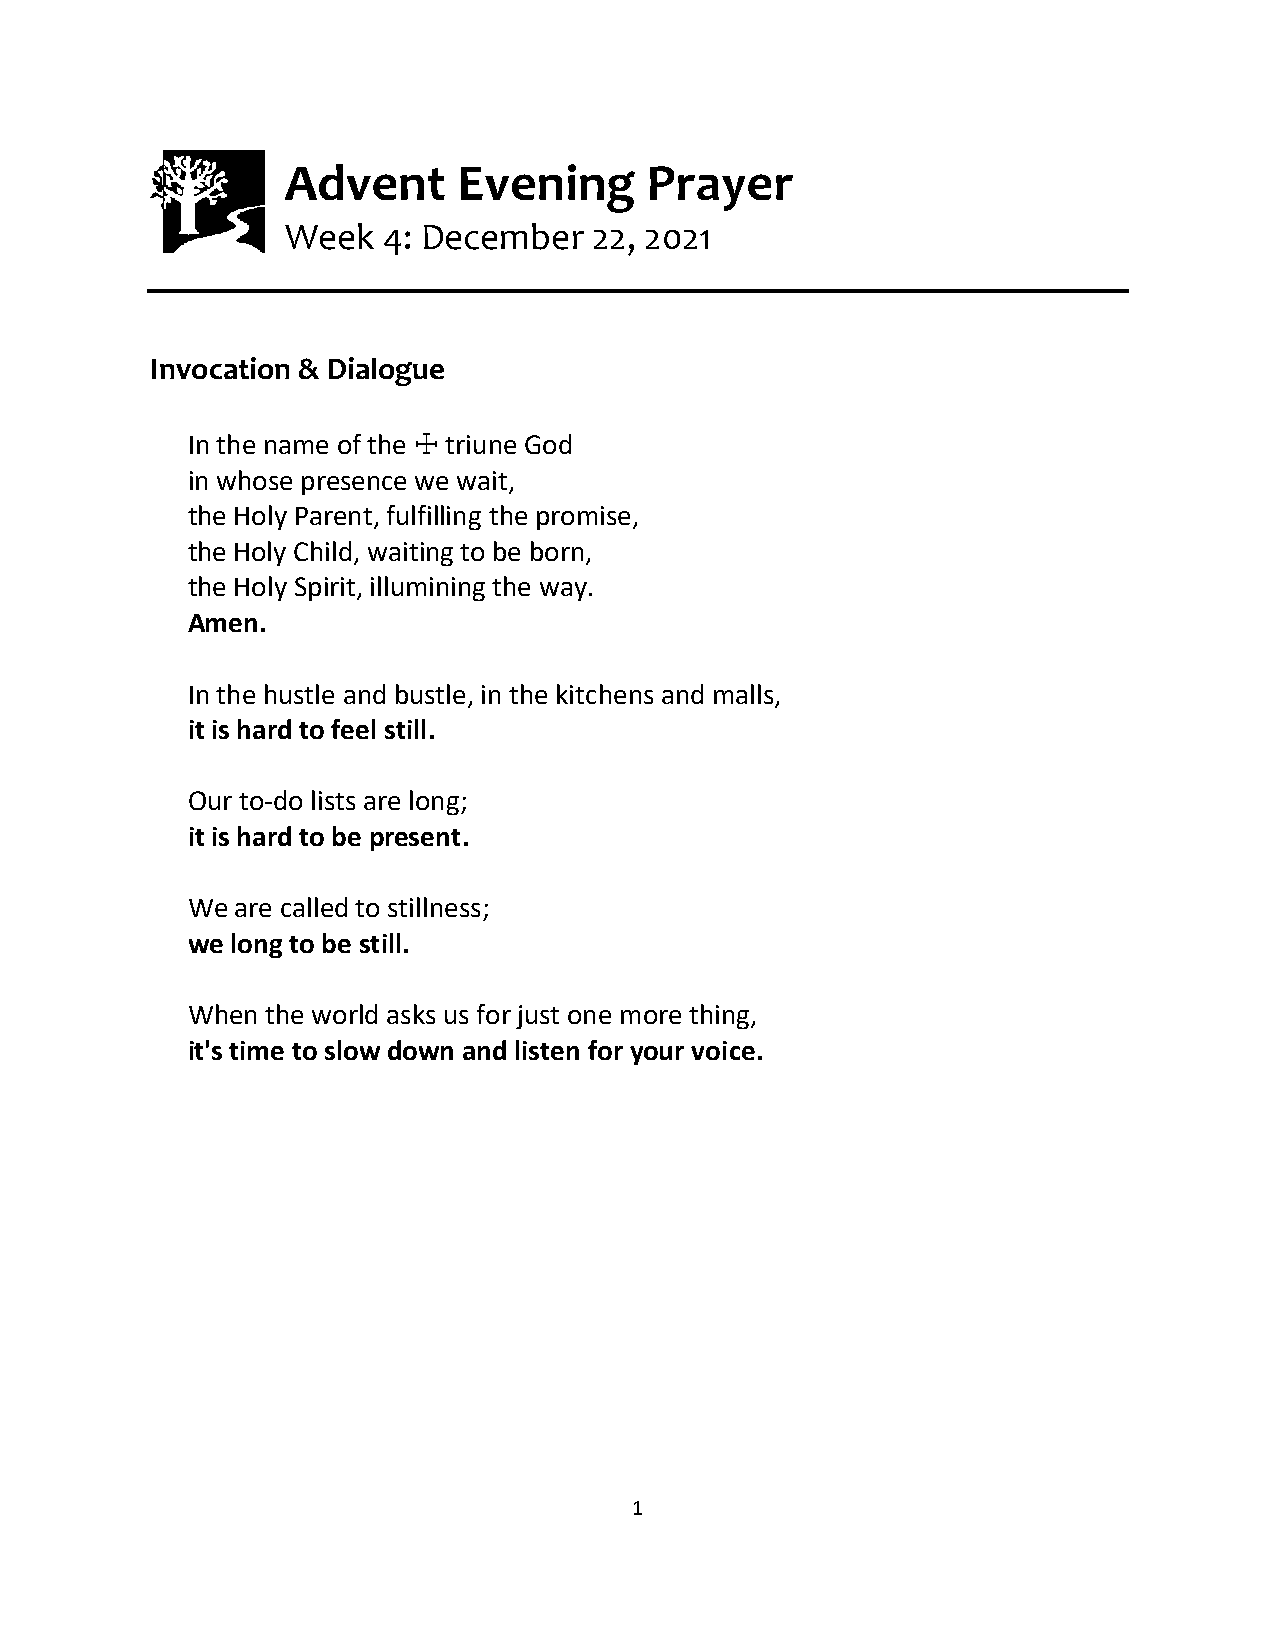
Advent     Evening      Prayer
 Week  4: December   22, 2021
 Invocation & Dialogue
 In the name of the ☩ triune God
 in whose presence we wait,
 the Holy Parent, fulfilling the promise,
 the Holy Child, waiting to be born,
 the Holy Spirit, illumining the way.
 Amen.
 In the hustle and bustle, in the kitchens and malls,
 it is hard to feel still.
 Our to-do lists are long;
 it is hard to be present.
 We  are called to stillness;
 we long to be still.
 When  the world asks us for just one more thing,
 it's time to slow down and listen for your voice.
 1